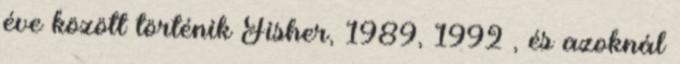
éve között történik Fisher, 1989, 1992 , és azoknál